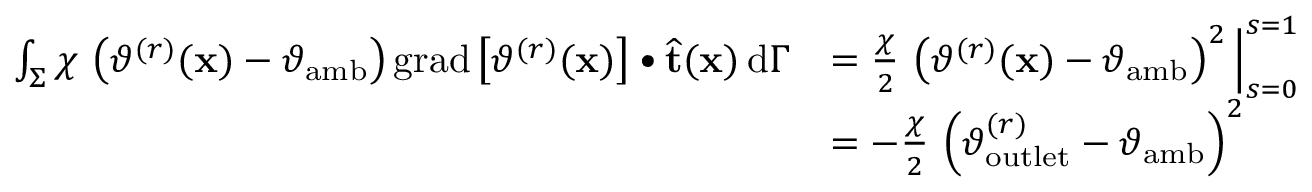
\begin{array} { r l } { \int _ { \Sigma } \chi \, \left( \vartheta ^ { ( r ) } ( \mathbf { x } ) - \vartheta _ { \mathrm { a m b } } \right) \mathrm { g r a d } \left[ \vartheta ^ { ( r ) } ( \mathbf { x } ) \right] \bullet \widehat { \mathbf { t } } ( \mathbf { x } ) \, \mathrm { d } \Gamma } & { = \frac { \chi } { 2 } \, \left( \vartheta ^ { ( r ) } ( \mathbf { x } ) - \vartheta _ { \mathrm { a m b } } \right) ^ { 2 } \Big | _ { s = 0 } ^ { s = 1 } } \\ & { = - \frac { \chi } { 2 } \, \left( \vartheta _ { \mathrm { o u t l e t } } ^ { ( r ) } - \vartheta _ { \mathrm { a m b } } \right) ^ { 2 } } \end{array}